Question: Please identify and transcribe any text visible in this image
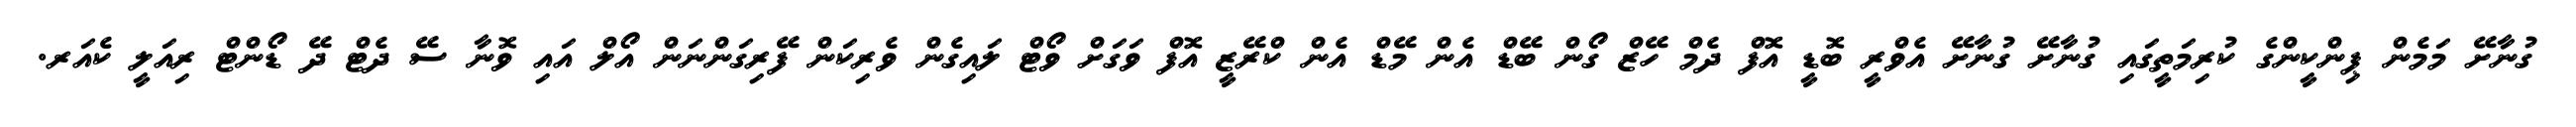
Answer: ގުނާށޭ މަމެން ޕިންކީންގެ ކުރިމަތީގައި ގުނާށޭ ގުނާށޭ އެވްރީ ބޮޑީ އޮފް ދެމް ހޭޒް ގޯން ބޭޑް އެން މޭޑް އެން ކްރޭޒީ އޮފް ވަގަށް ވޯޓް ލައިގެން ވެރިކަން ފޭރިގަންނަން އޯލް އައި ވޮނާ ސޭ ދެޓް ދޭ ޑޯންޓް ރިއަލީ ކެއަރ.